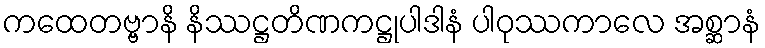
ကထေတဗ္ဗာနိ နိဿဋ္ဌတိဏကဋ္ဌုပါဒါနံ ပါဝုဿကာလေ အစ္ဆာနံ